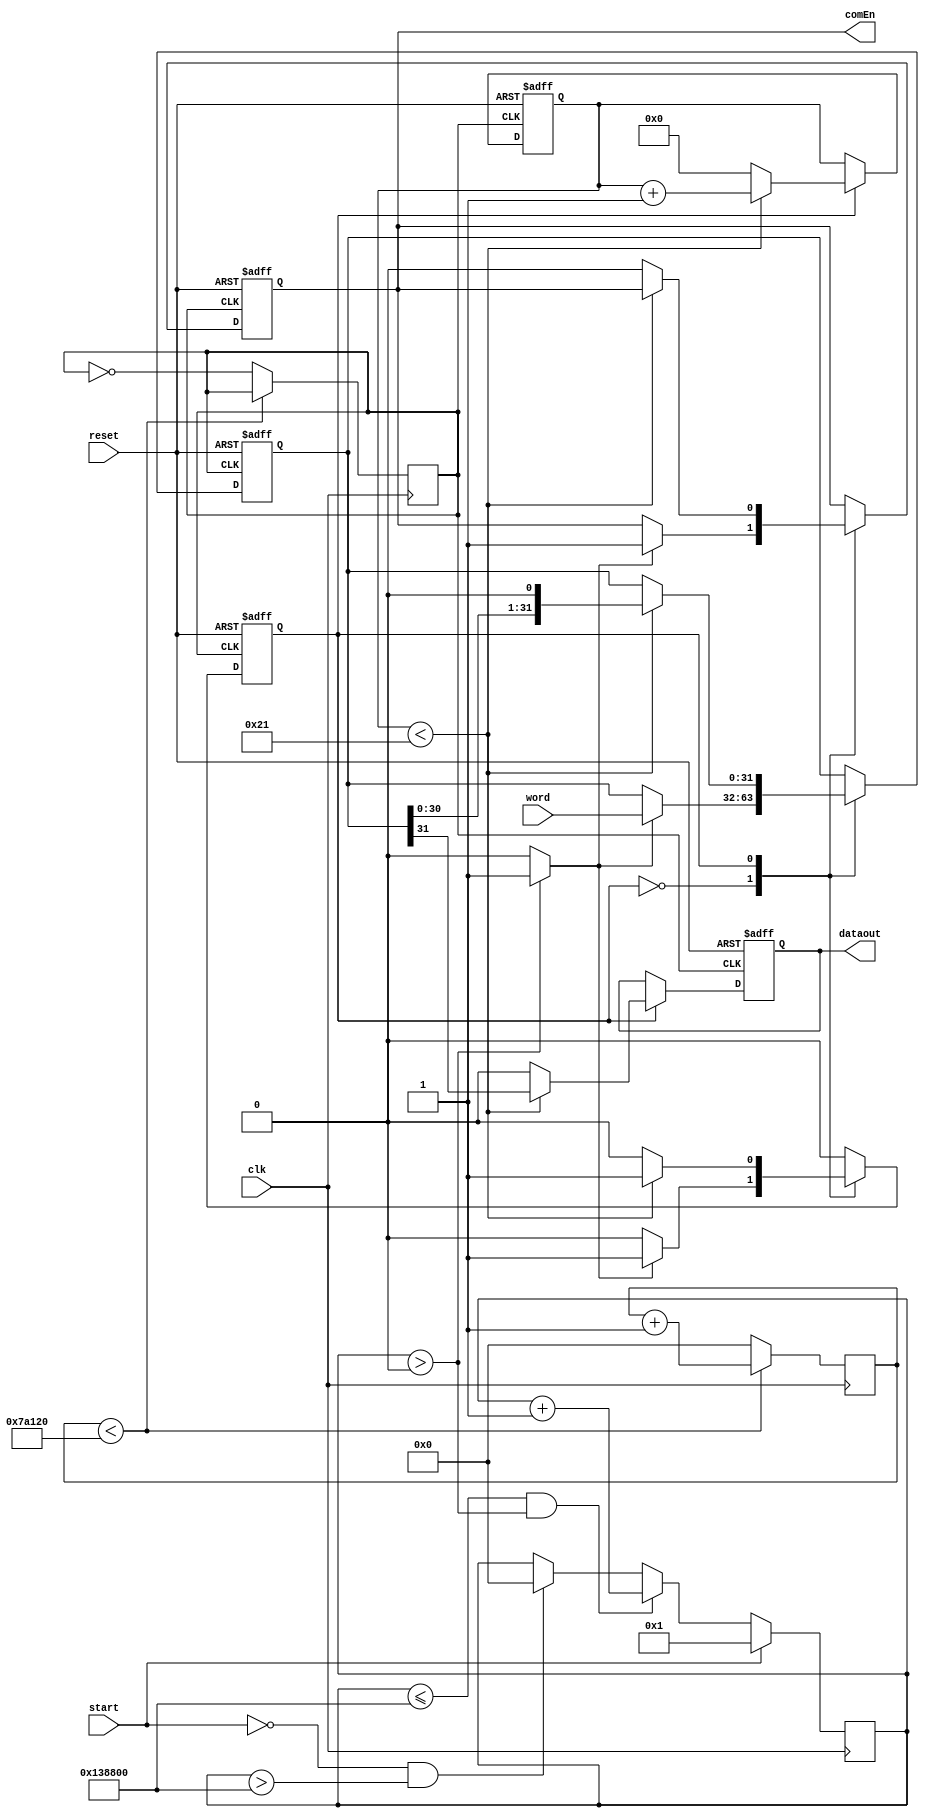
module communicate(input clk, input start, input reset, input[31:0] word, output reg dataout, output reg comEn);

reg[7:0] counter=0;
reg[31:0] shiftreg;
reg state=0;

reg clock=0;
reg [31:0] counter2;
always @(posedge clk) begin
    if (counter2<500000)
    counter2 <= counter2 +1;
    else begin
        counter2 <= 0;
        clock <= ~clock;
    end

end

reg [31:0] counter3=0;


always @(posedge clk) begin
    if (start==1) begin
        counter3 <= 1;
    end
    else if ((counter3<=1280000) & (counter3>0)) begin
        counter3<=counter3+1;
    end
    else if (start==0 & counter3>1280000) begin
        counter3<=0;
    end
end

parameter on =1, off=0;

reg starter=0;
always @(*) begin
    if (counter3>0) begin
        starter <= 1;
    end 
    else begin
        starter <= 0;
    end

end


always @(posedge clock or posedge reset) begin
    if (reset) begin
        state <= 0;
        shiftreg <= 32'b0;
        counter <= 0;
        dataout <= 0;
        comEn <= 0;    //ensure data is off if reset
    end else begin
        case (state) 
            off:
                if (starter==1) begin
                    shiftreg <= word; //at start we put word into reg we are shifting
                    state <= on;
                    comEn <= 1;    
                end 
            on:
                if (counter<33) begin
                    dataout <= shiftreg[31];
                    shiftreg <= shiftreg <<1; //shifting reg by 1 and sending MSB to outpt
                    counter <= counter+1;
                end else begin
                    counter <= 0;
                    state <= off;
                    comEn <= 0;    
                    dataout <= 0;
                end

        endcase
                end
        
    end



endmodule